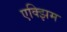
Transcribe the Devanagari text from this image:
एक्झिम